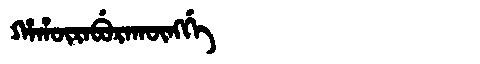
Manchu: ᡥᠠᡥᡡᡵᠠᠪᡠᡵᠠᡴᡡᠩᡤᡝ
Romanization: HAHŪRABURAKŪNGGE